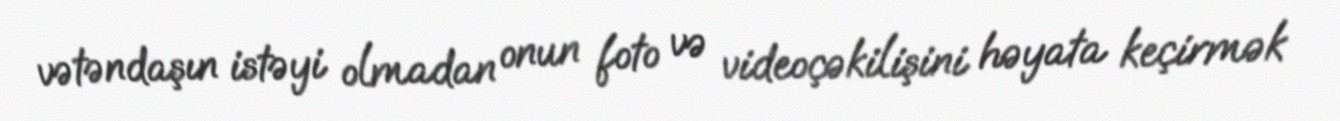
vətəndaşın istəyi olmadan onun foto və videoçəkilişini həyata keçirmək